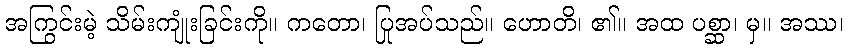
အကြွင်းမဲ့ သိမ်းကျုံးခြင်းကို။ ကတော၊ ပြုအပ်သည်။ ဟောတိ၊ ၏။ အထ ပစ္ဆာ၊ မှ။ အဿ၊